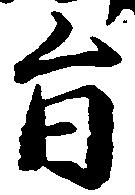
旨